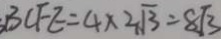
B C F E = 4 \times 2 \sqrt { 3 } = 8 \sqrt { 3 }